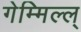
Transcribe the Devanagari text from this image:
गेम्मिल्ल्